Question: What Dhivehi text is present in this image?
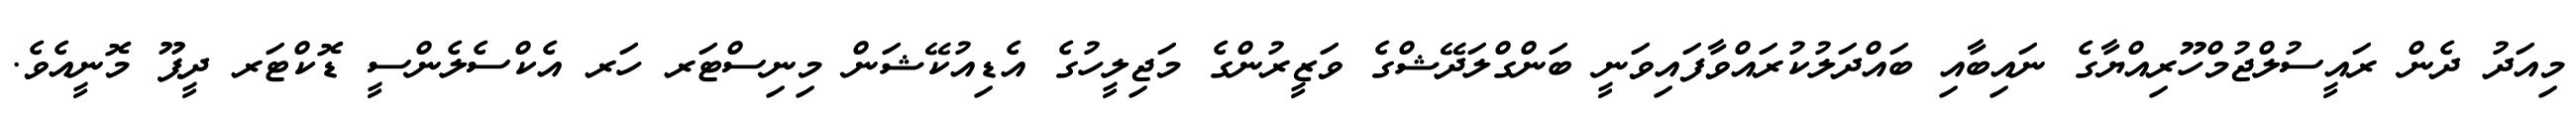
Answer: މިއަދު ދެން ރައީސުލްޖުމްހޫރިއްޔާގެ ނައިބާއި ބައްދަލުކުރައްވާފައިވަނީ ބަންގްލަދޭޝްގެ ވަޒީރުންގެ މަޖިލީހުގެ އެޑިއުކޭޝަން މިނިސްޓަރ ހަރ އެކްސެލެންސީ ޑޮކްޓަރ ދީޕޫ މޮނީއެވެ.